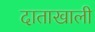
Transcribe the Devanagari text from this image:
दाताखाली